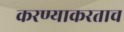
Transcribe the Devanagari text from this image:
करण्याकरताच